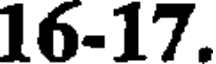
16-17.